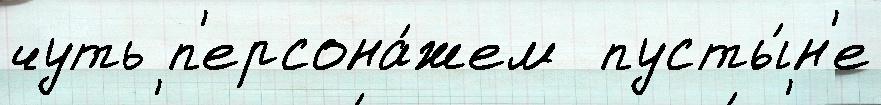
чуть п'ерсона́жем  пусты́н'е